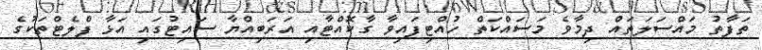
ތަފާތު މައްސަލަތައް ދިމާވެ މަސައްކަތް ހުއްޓިފައިވާ ގާކޮއްޓާއި އަރަބިއްޔާ ސައިޓުގައި އަޅާ ފްލެޓްތަކުގެ